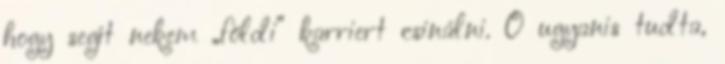
hogy segít nekem „földi” karriert csi­nálni. Ő ugyanis tudta,